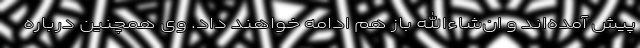
پیش آمده‌اند و ان‌شاءالله باز هم ادامه خواهند داد. وی همچنین درباره